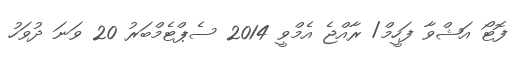
ފޮޓޯ އަޝްވާ ފަހީމް/ ރާއްޖެ އެމްވީ 2014 ސެޕްޓެމްބަރު 20 ވަނަ ދުވަހު